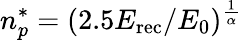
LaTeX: n_{p}^{*}=(2.5E_{\mathrm{rec}}/E_{0})^{\frac{1}{\alpha}}